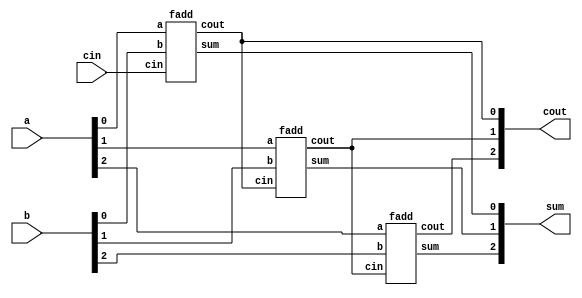
module top_module( 
    input [2:0] a, b,
    input cin,
    output [2:0] cout,
    output [2:0] sum );
    wire [2:0] cout1;
    fadd f1(a[0],b[0],cin,cout1[0],sum[0]);
    fadd f2(a[1],b[1],cout1[0],cout1[1],sum[1]);
    fadd f3(a[2],b[2],cout1[1],cout1[2],sum[2]);
    assign cout = cout1;
endmodule
module fadd( 
    input a, b, cin,
    output cout, sum );
    assign sum = a^b^cin;
    assign cout = (a&b)|(b&cin)|(a&cin);
endmodule